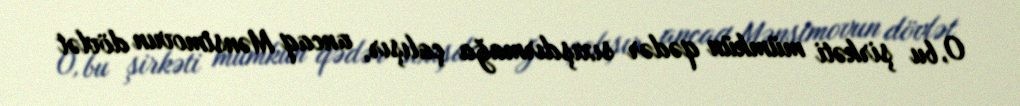
O, bu şirkəti mümkün qədər sıxışdırmağa çalışır, ancaq Mənsimovun dövlət